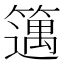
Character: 𥴪